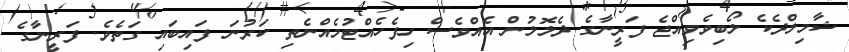
ޝާމިލްދެކެ ލޯބިވެވިއްޖެ ފަރީނާގެ ދެލޮލުން އެއްވެސް ހިފެހެއްޓުމެއްނެތި ކަރުނަ ފައިބައި ގަތެވެ. ފަރީނާގެ